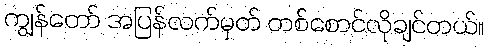
ကျွန်တော် အပြန်လက်မှတ် တစ်စောင်လိုချင်တယ်။